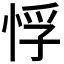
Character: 𭝂